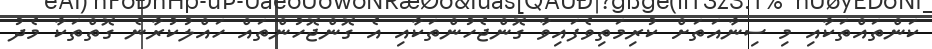
ކަންތައްތަކާއި މި ސިނާއަތަށް ކުރިމަތިވެފައިވާ ގޮންޖެހުންތަކާއި އެ ގޮންޖޮހުންތައް ހައްލުކުރާނެ ގޮތްތަކާ މެދު